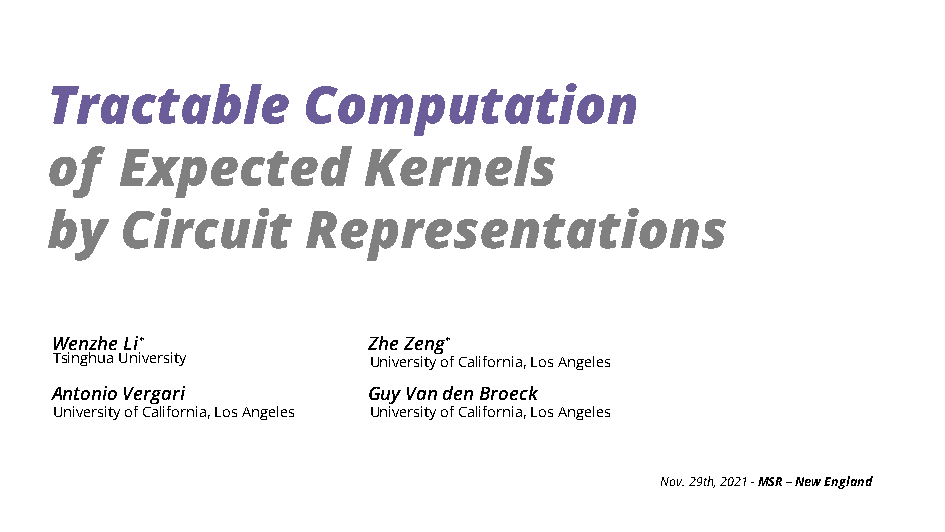
Tractable        Computation
 of   Expected        Kernels
 by   Circuit     Representations
 WenzheLi∗            ZheZeng∗
 TsinghuaUniversity  UniversityofCalifornia,LosAngeles
 AntonioVergari       GuyVandenBroeck
 UniversityofCalifornia,LosAngeles UniversityofCalifornia,LosAngeles
 Nov.29th,2021-MSR–NewEngland